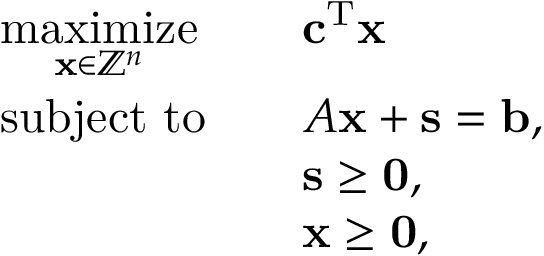
{ \begin{array} { r l r l } & { { \underset { \mathbf { x } \in \mathbb { Z } ^ { n } } { \mathrm { m a x i m i z e } } } } & & { \mathbf { c } ^ { \mathrm { T } } \mathbf { x } } \\ & { { \mathrm { s u b j e c t ~ t o } } } & & { A \mathbf { x } + \mathbf { s } = \mathbf { b } , } \\ & { } & & { \mathbf { s } \geq \mathbf { 0 } , } \\ & { } & & { \mathbf { x } \geq \mathbf { 0 } , } \end{array} }